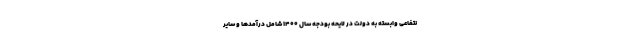
نتفاعی وابسته به دولت در لایحه بودجه سال ۱۴۰۰ شامل درآمدها و سایر